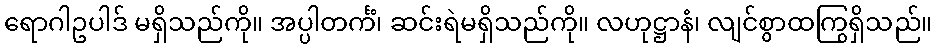
ရောဂါဥပါဒ် မရှိသည်ကို။ အပ္ပါတင်္ကံ၊ ဆင်းရဲမရှိသည်ကို။ လဟုဋ္ဌာနံ၊ လျင်စွာထကြွရှိသည်။